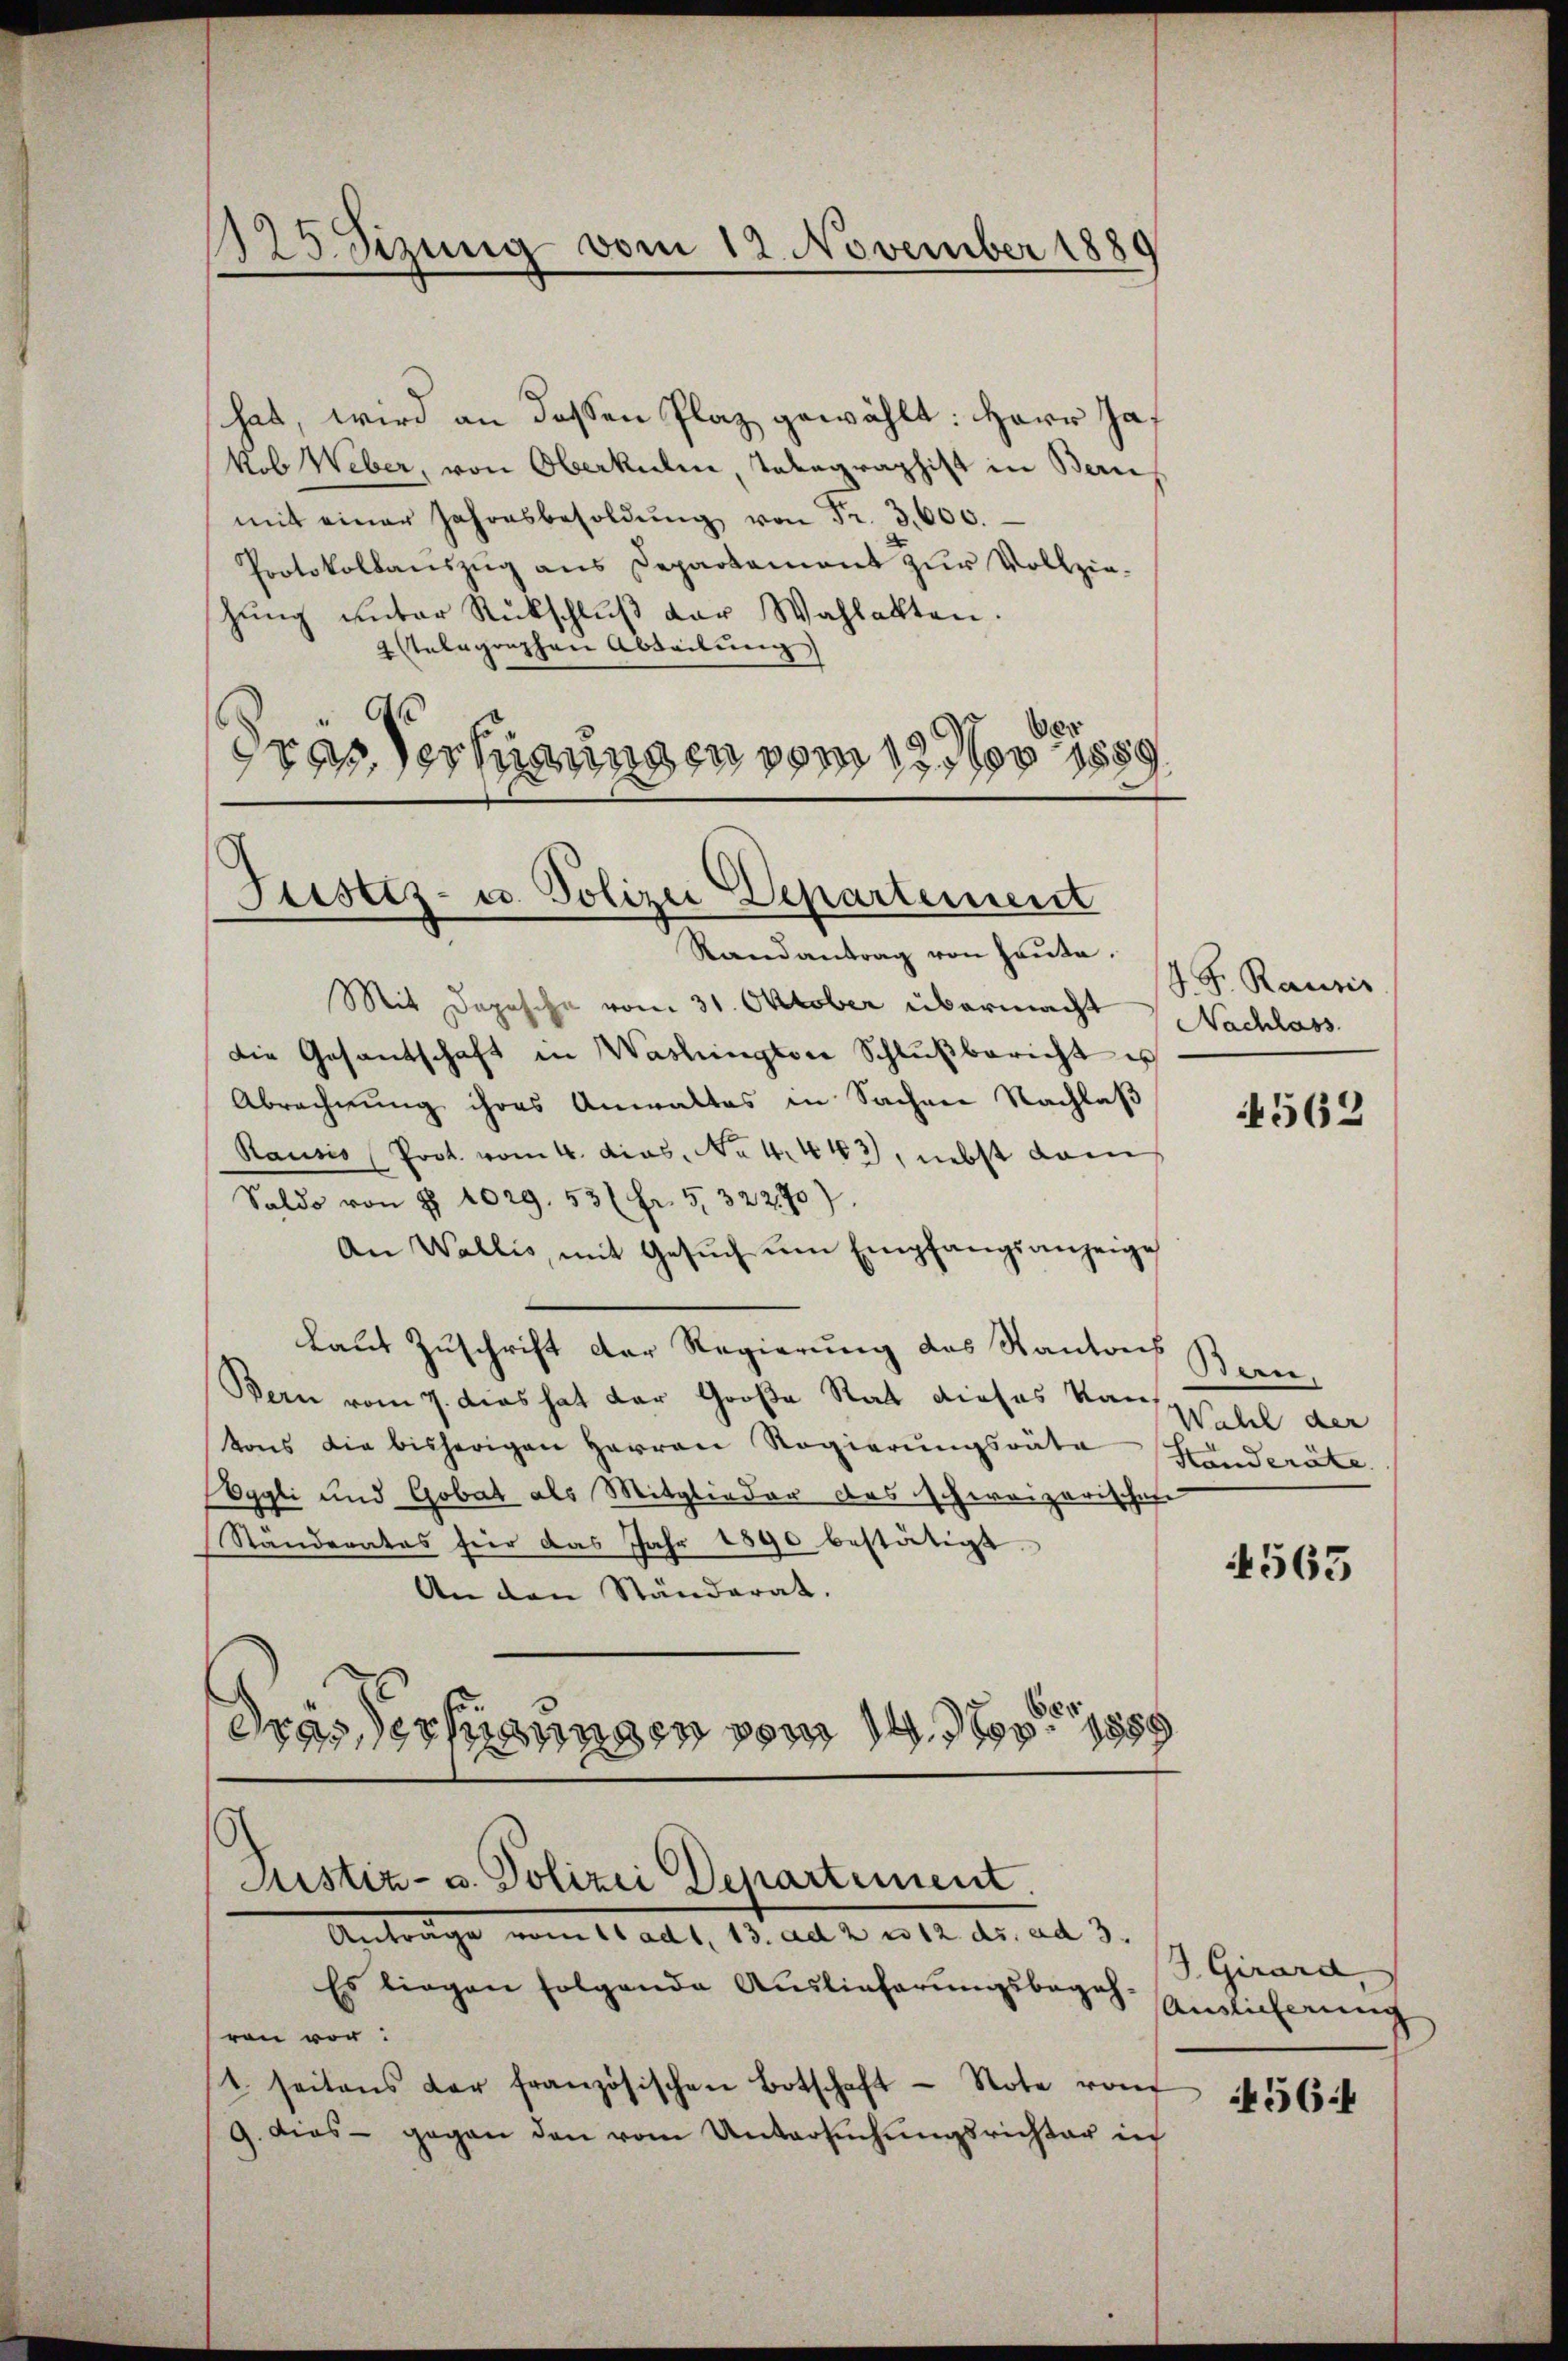
hat, wird an dessen Plaz gewählt: Herr Jakob Weber, von Oberkulin, Tabagraphist in Bern
mit einer Jahresbesoldŭng von Fr. 3,600.
Protokollanszug aus Departement zur Vollzie-
stŭng unter Rückschlŭβ der Wahlakten.
2 telegraphen Abteilung)
drer Verfügungen vom 12 des 198.

1125 Sizung vom 12. November 1889

Justiz- u. Polizei Departement

Randantrag von heute.
Mit Depesche vom 31. Oktober übermacht
Die Gesandschaft in Washingter Schlußbericht es
Abrechnung ihres Anwaltes in Sachen Nachlaß
Rausis (Prot. vom 4. dies, No 4443, nebst dann
Saldo von § 1029. 53 (fr. 5. 32270)
An Wallis, mit Gesuch um Empfangsanzeige
Laut Zuschrift der Regierung des Kantons
Bern vom 7. dies hat der Große Rat dieses Kantons die bisherigen Herren Regierŭngsräte Hinderäte.
Eoggli und Gobat als Mitglieder das schweizerischef-
Standerates für das Jahr 1890 bestätigt.
An den Ständerat.
drasserungen vom 18

Justiz- u. Polizei Departement.
Antrage vom 11 ad 1. 13. ad 2 n 12 ds. ad 3.

Es liegen folgende Auslieferungsbegeh-
ren vor:
t seitens der französischen Botschaft - Note von
9. dies - gegen den vom Untersuchungsrichter in

J. F. Rausis
Nachlass

4562

Bern.
Wahl der

4565

S. Girard,
Auslicherung

456.